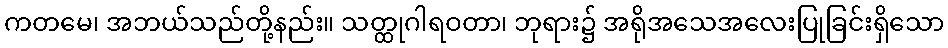
ကတမေ၊ အဘယ်သည်တို့နည်း။ သတ္ထုဂါရဝတာ၊ ဘုရား၌ အရိုအသေအလေးပြုခြင်းရှိသော